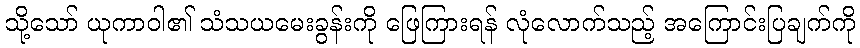
သို့သော် ယုကာဝါ၏ သံသယမေးခွန်းကို ဖြေကြားရန် လုံလောက်သည့် အကြောင်းပြချက်ကို